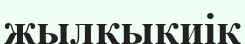
жылқыкиік